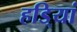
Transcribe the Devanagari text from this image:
हडि्यां